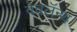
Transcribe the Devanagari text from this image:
वेवलॅन्थ़